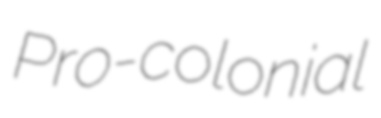
Pro-colonial